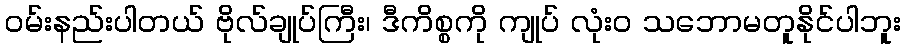
ဝမ်းနည်းပါတယ် ဗိုလ်ချုပ်ကြီး၊ ဒီကိစ္စကို ကျုပ် လုံးဝ သဘောမတူနိုင်ပါဘူး